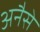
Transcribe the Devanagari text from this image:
अनैसे